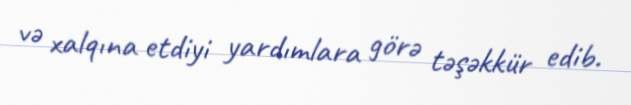
və xalqına etdiyi yardımlara görə təşəkkür edib.